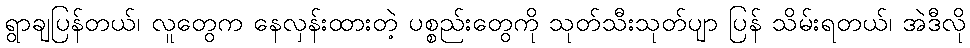
ရွာချပြန်တယ်၊ လူတွေက နေလှန်းထားတဲ့ ပစ္စည်းတွေကို သုတ်သီးသုတ်ပျာ ပြန် သိမ်းရတယ်၊ အဲဒီလို